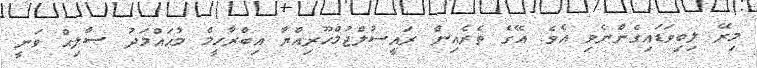
މިރޭ ލިބިވަޑައިގެންނެވި އެވެ. އޭގެ ތެރެއިން ރައީސުލްޖުމްހޫރިއްޔާ އިބްރާހީމް މުޙައްމަދު ޞާލިޙް ވަނީ